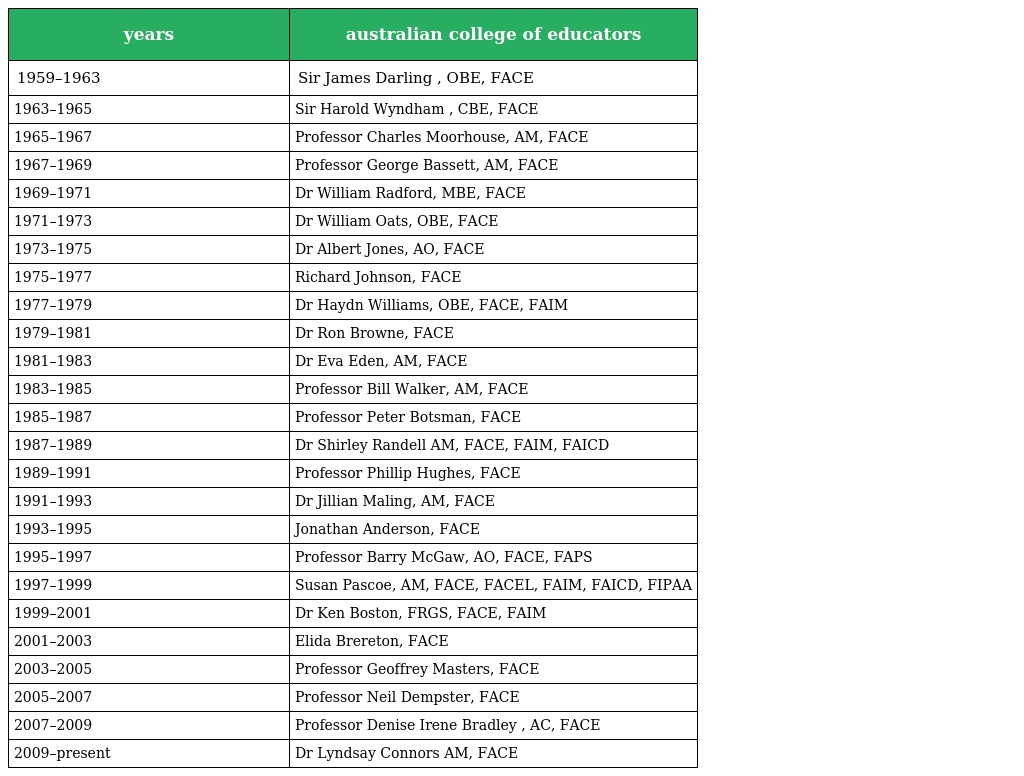
| years | australian college of educators |
 | --- | --- |
 | 1959–1963 | Sir James Darling , OBE, FACE |
 | 1963–1965 | Sir Harold Wyndham , CBE, FACE |
 | 1965–1967 | Professor Charles Moorhouse, AM, FACE |
 | 1967–1969 | Professor George Bassett, AM, FACE |
 | 1969–1971 | Dr William Radford, MBE, FACE |
 | 1971–1973 | Dr William Oats, OBE, FACE |
 | 1973–1975 | Dr Albert Jones, AO, FACE |
 | 1975–1977 | Richard Johnson, FACE |
 | 1977–1979 | Dr Haydn Williams, OBE, FACE, FAIM |
 | 1979–1981 | Dr Ron Browne, FACE |
 | 1981–1983 | Dr Eva Eden, AM, FACE |
 | 1983–1985 | Professor Bill Walker, AM, FACE |
 | 1985–1987 | Professor Peter Botsman, FACE |
 | 1987–1989 | Dr Shirley Randell AM, FACE, FAIM, FAICD |
 | 1989–1991 | Professor Phillip Hughes, FACE |
 | 1991–1993 | Dr Jillian Maling, AM, FACE |
 | 1993–1995 | Jonathan Anderson, FACE |
 | 1995–1997 | Professor Barry McGaw, AO, FACE, FAPS |
 | 1997–1999 | Susan Pascoe, AM, FACE, FACEL, FAIM, FAICD, FIPAA |
 | 1999–2001 | Dr Ken Boston, FRGS, FACE, FAIM |
 | 2001–2003 | Elida Brereton, FACE |
 | 2003–2005 | Professor Geoffrey Masters, FACE |
 | 2005–2007 | Professor Neil Dempster, FACE |
 | 2007–2009 | Professor Denise Irene Bradley , AC, FACE |
 | 2009–present | Dr Lyndsay Connors AM, FACE |